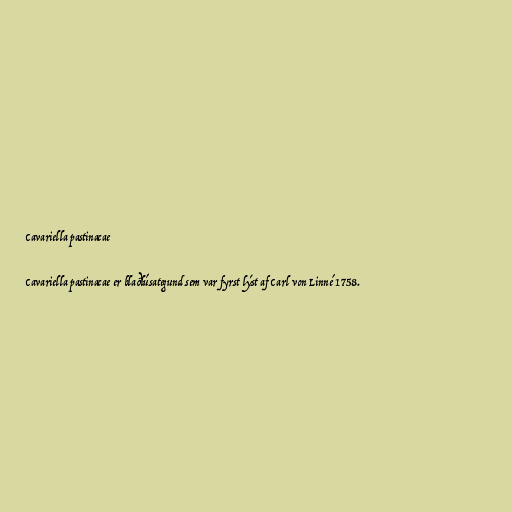
Cavariella pastinacae

Cavariella pastinacae er blaðlúsategund sem var fyrst lýst af Carl von Linné 1758.